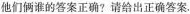
他们俩谁的答案正确?请给出正确答案。